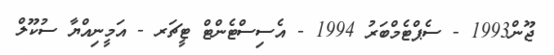
ޖޫން1993 - ސެޕްޓެމްބަރު 1994 - އެސިސްޓެންޓް ޓީޗަރ - އަމީނިއްޔާ ސުކޫލް